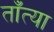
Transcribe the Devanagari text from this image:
ताँत्या